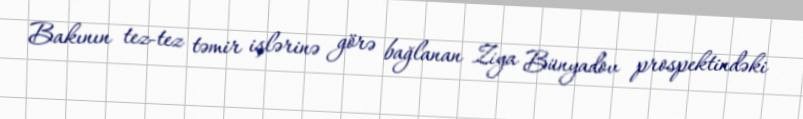
Bakının tez-tez təmir işlərinə görə bağlanan Ziya Bünyadov prospektindəki